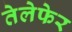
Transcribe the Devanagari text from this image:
तेलेफेर